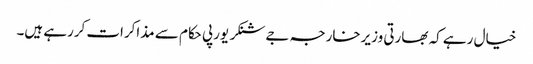
خیال رہے کہ بھارتی وزیرخارجہ جےشنکر یورپی حکام سے مذاکرات کررہے ہیں۔